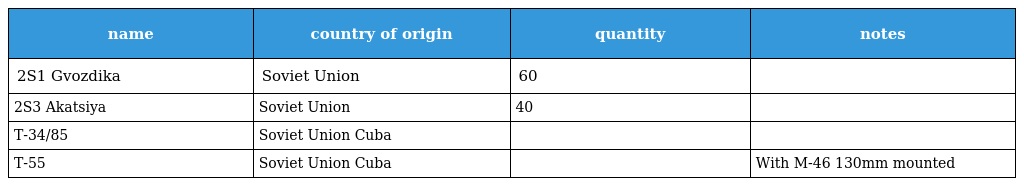
| name | country of origin | quantity | notes |
 | --- | --- | --- | --- |
 | 2S1 Gvozdika | Soviet Union | 60 |  |
 | 2S3 Akatsiya | Soviet Union | 40 |  |
 | T-34/85 | Soviet Union Cuba |  |  |
 | T-55 | Soviet Union Cuba |  | With M-46 130mm mounted |